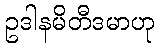
ဥဒါနမိတီဒမာဟု